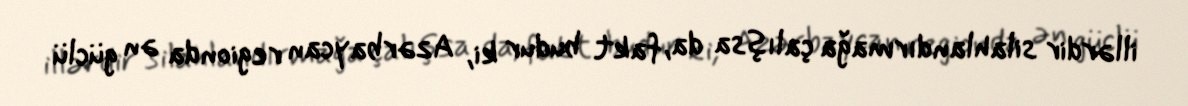
illərdir silahlandırmağa çalışsa da, fakt budur ki, Azərbaycan regionda ən güclü